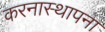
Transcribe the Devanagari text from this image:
करनास्थापना